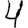
Digit: 4